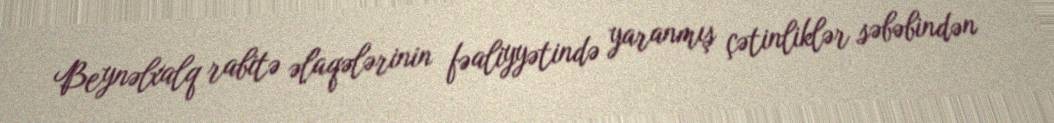
Beynəlxalq rabitə əlaqələrinin fəaliyyətində yaranmış çətinliklər səbəbindən